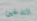
التدخين